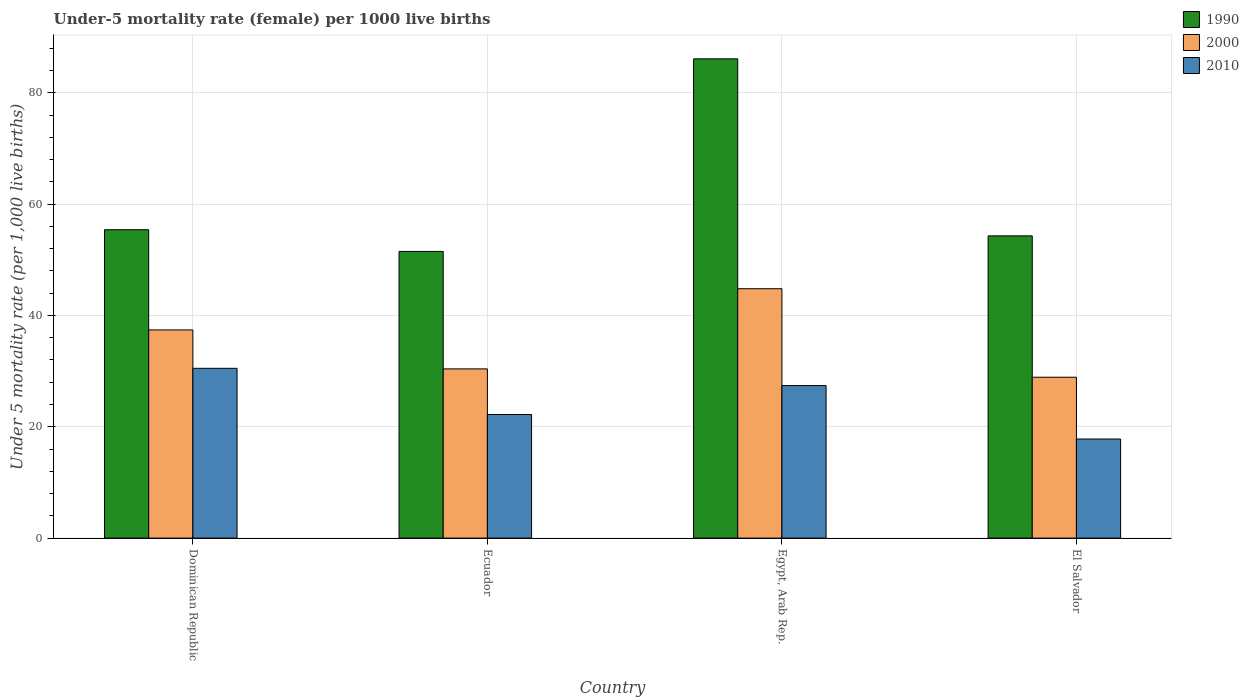
| Country | 1990 | 2000 | 2010 |
 | --- | --- | --- | --- |
 | Dominican Republic | 55.4 | 37.4 | 30.5 |
 | Ecuador | 51.5 | 30.4 | 22.2 |
 | Egypt, Arab Rep. | 86.1 | 44.8 | 27.4 |
 | El Salvador | 54.3 | 28.9 | 17.8 |